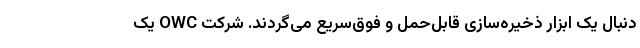
دنبال یک ابزار ذخیره‌سازی قابل‌حمل و فوق‌سریع می‌گردند. شرکت OWC یک